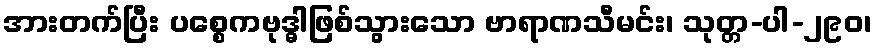
အားတက်ပြီး ပစ္စေကဗုဒ္ဓါဖြစ်သွားသော ဗာရာဏသီမင်း၊ သုတ္တ-ပါ-၂၉၀၊